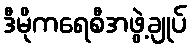
ဒီမိုကရေစီအဖွဲ့ချုပ်